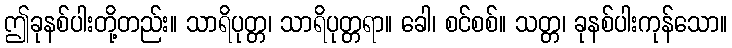
ဤခုနစ်ပါးတို့တည်း။ သာရိပုတ္တ၊ သာရိပုတ္တရာ။ ခေါ၊ စင်စစ်။ သတ္တ၊ ခုနစ်ပါးကုန်သော။